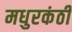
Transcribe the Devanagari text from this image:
मधुरकंठी